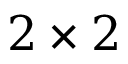
2 \times 2